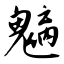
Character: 魑